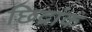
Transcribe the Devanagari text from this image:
छिद्रांक